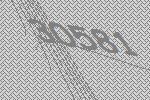
30581